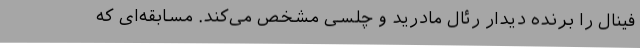
فینال را برنده دیدار رئال مادرید و چلسی مشخص می‌کند. مسابقه‌ای که